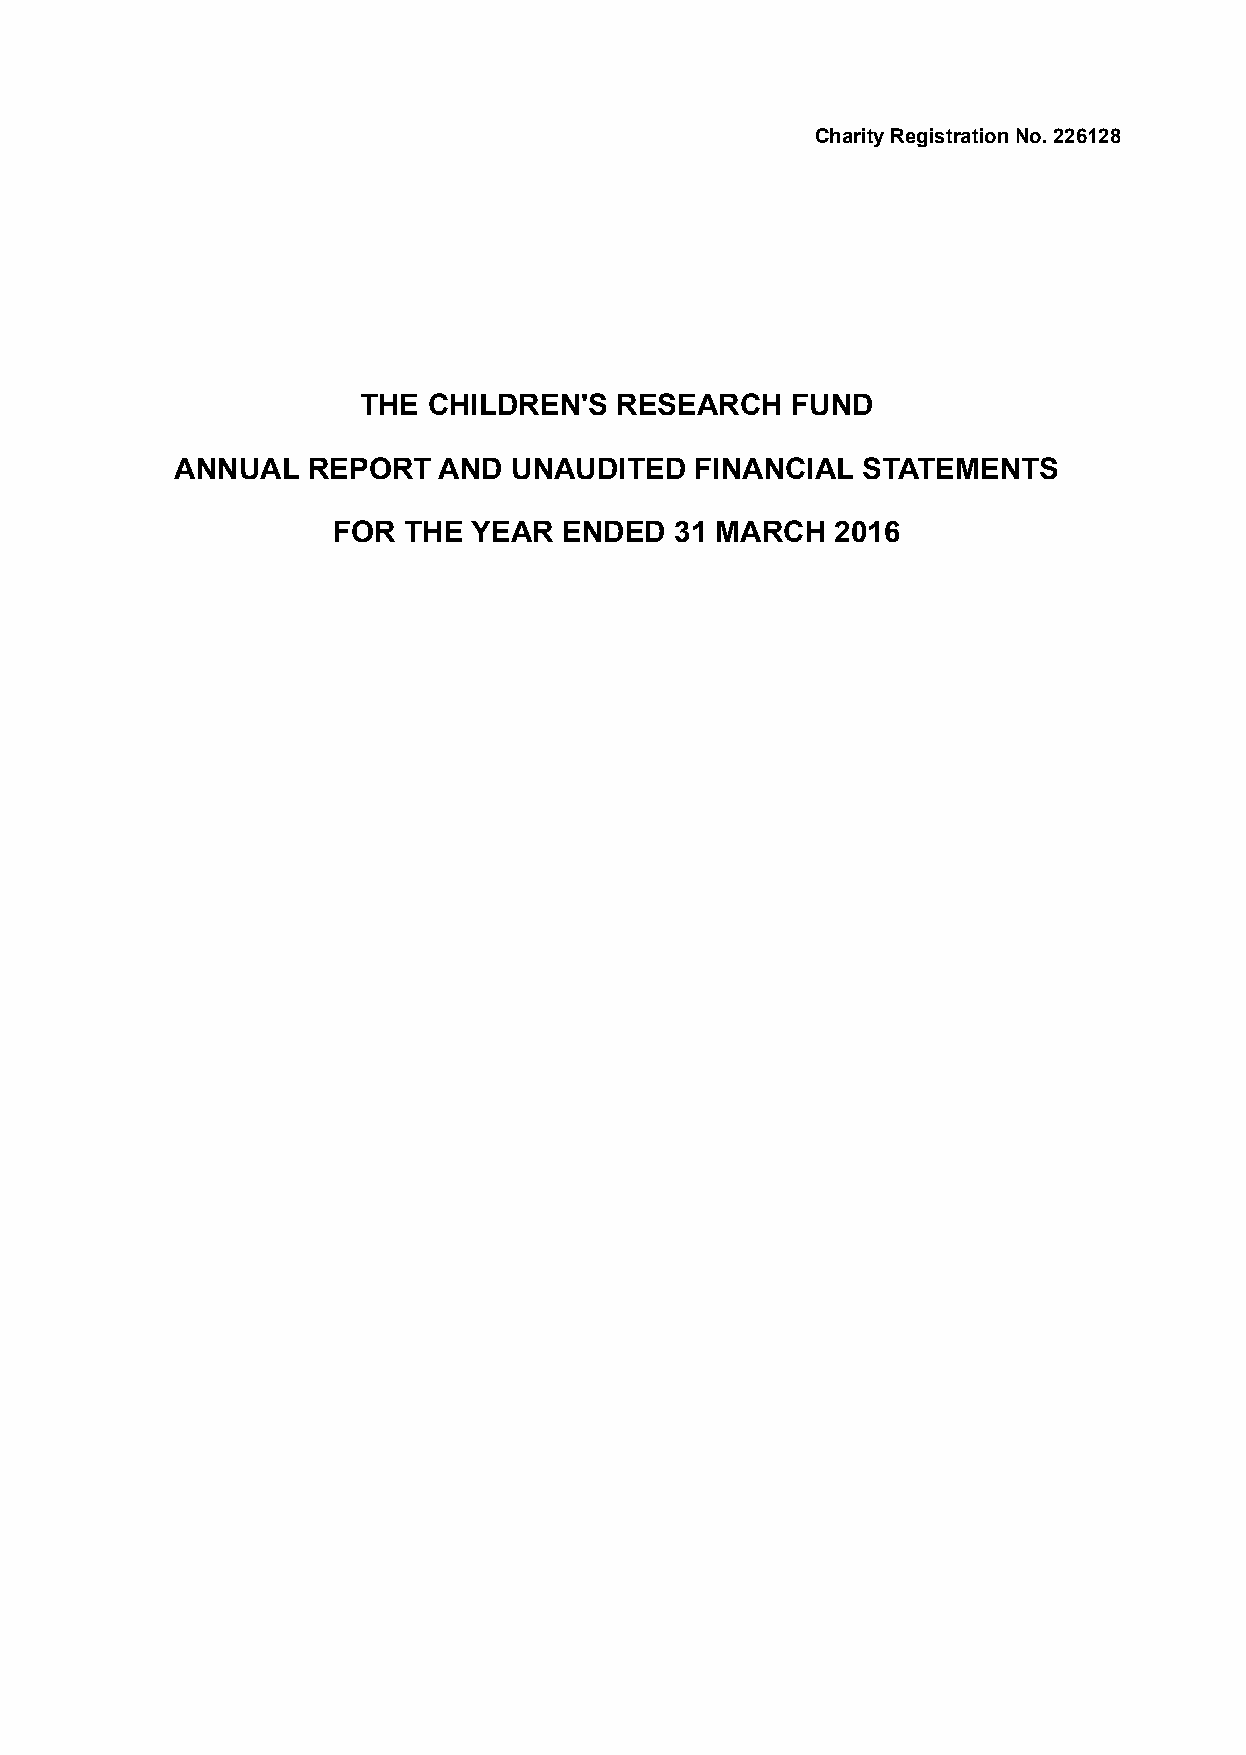
Charity Registration No. 226128
 THE CHILDREN'S   RESEARCH   FUND
 ANNUAL  REPORT   AND  UNAUDITED   FINANCIAL  STATEMENTS
 FOR  THE YEAR  ENDED   31 MARCH  2016